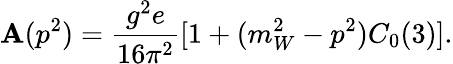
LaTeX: \mathbf{A}(p^{2})=\frac{{g^{2}e}}{{16\pi^{2}}}[1+(m_{W}^{2}-p^{2})C_{0}(3)].